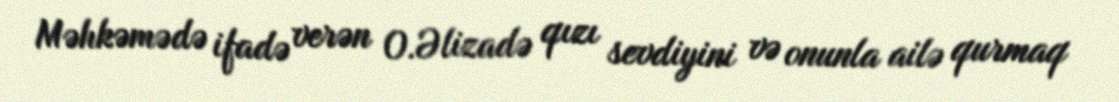
Məhkəmədə ifadə verən O.Əlizadə qızı sevdiyini və onunla ailə qurmaq